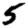
Digit: 5